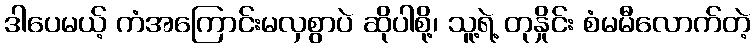
ဒါပေမယ့် ကံအကြောင်းမလှစွာပဲ ဆိုပါစို့၊ သူ့ရဲ့ တုနှိုင်း စံမမီလောက်တဲ့